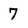
Character: 7